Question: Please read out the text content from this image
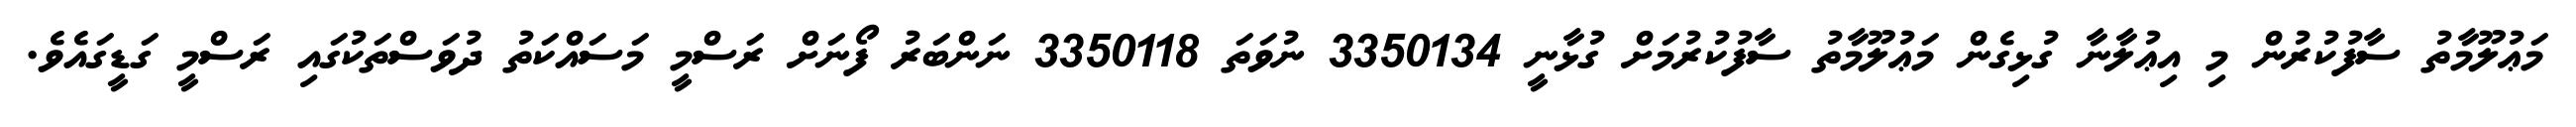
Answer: މަޢުލޫމާތު ސާފުކުރުން މި އިޢުލާނާ ގުޅިގެން މަޢުލޫމާތު ސާފުކުރުމަށް ގުޅާނީ 3350134 ނުވަތަ 3350118 ނަންބަރު ފޯނަށް ރަސްމީ މަސައްކަތު ދުވަސްތަކުގައި ރަސްމީ ގަޑީގައެވެ.